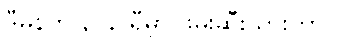
ဒီမနက် ၃ နာရီမှာ ဖမ်းဆီးသွားတာပါ။